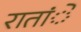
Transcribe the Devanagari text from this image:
रातांे